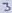
Text: 3